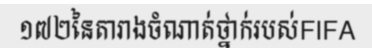
១៧២នៃតារាងចំណាត់ថ្នាក់របស់FIFA